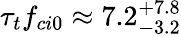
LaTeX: \tau_{t}f_{ci0}\approx 7.2_{-3.2}^{+7.8}